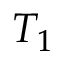
T _ { 1 }